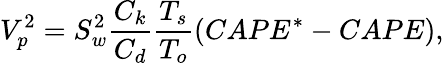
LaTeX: V_{p}^{2}=S_{w}^{2}\frac{C_{k}}{C_{d}}\frac{T_{s}}{T_{o}}(CAPE^{*}-CAPE),